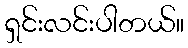
ရှင်းလင်းပါတယ်။